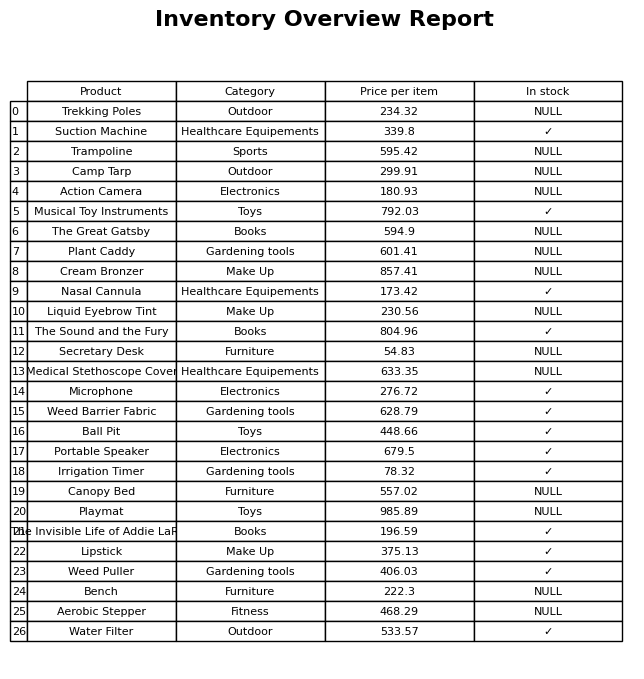
question: What is the price for Lipstick?
answer: The price of Lipstick is 375.13.